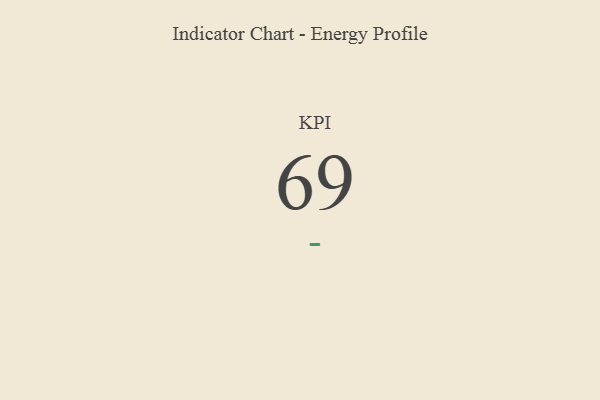
{"axis": {"x": "KPI", "y": "Value"}, "legend": [""], "data": [{"x": "KPI", "y": 69, "type": ""}]}